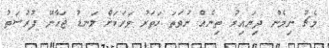
މެޗު ނިމެން ދިޔައިރު ތިނެއް ނުވަތަ ހަތަރު ވަރަކަށް ލަނޑު ޖަހާނޭ ފުރުސަތު